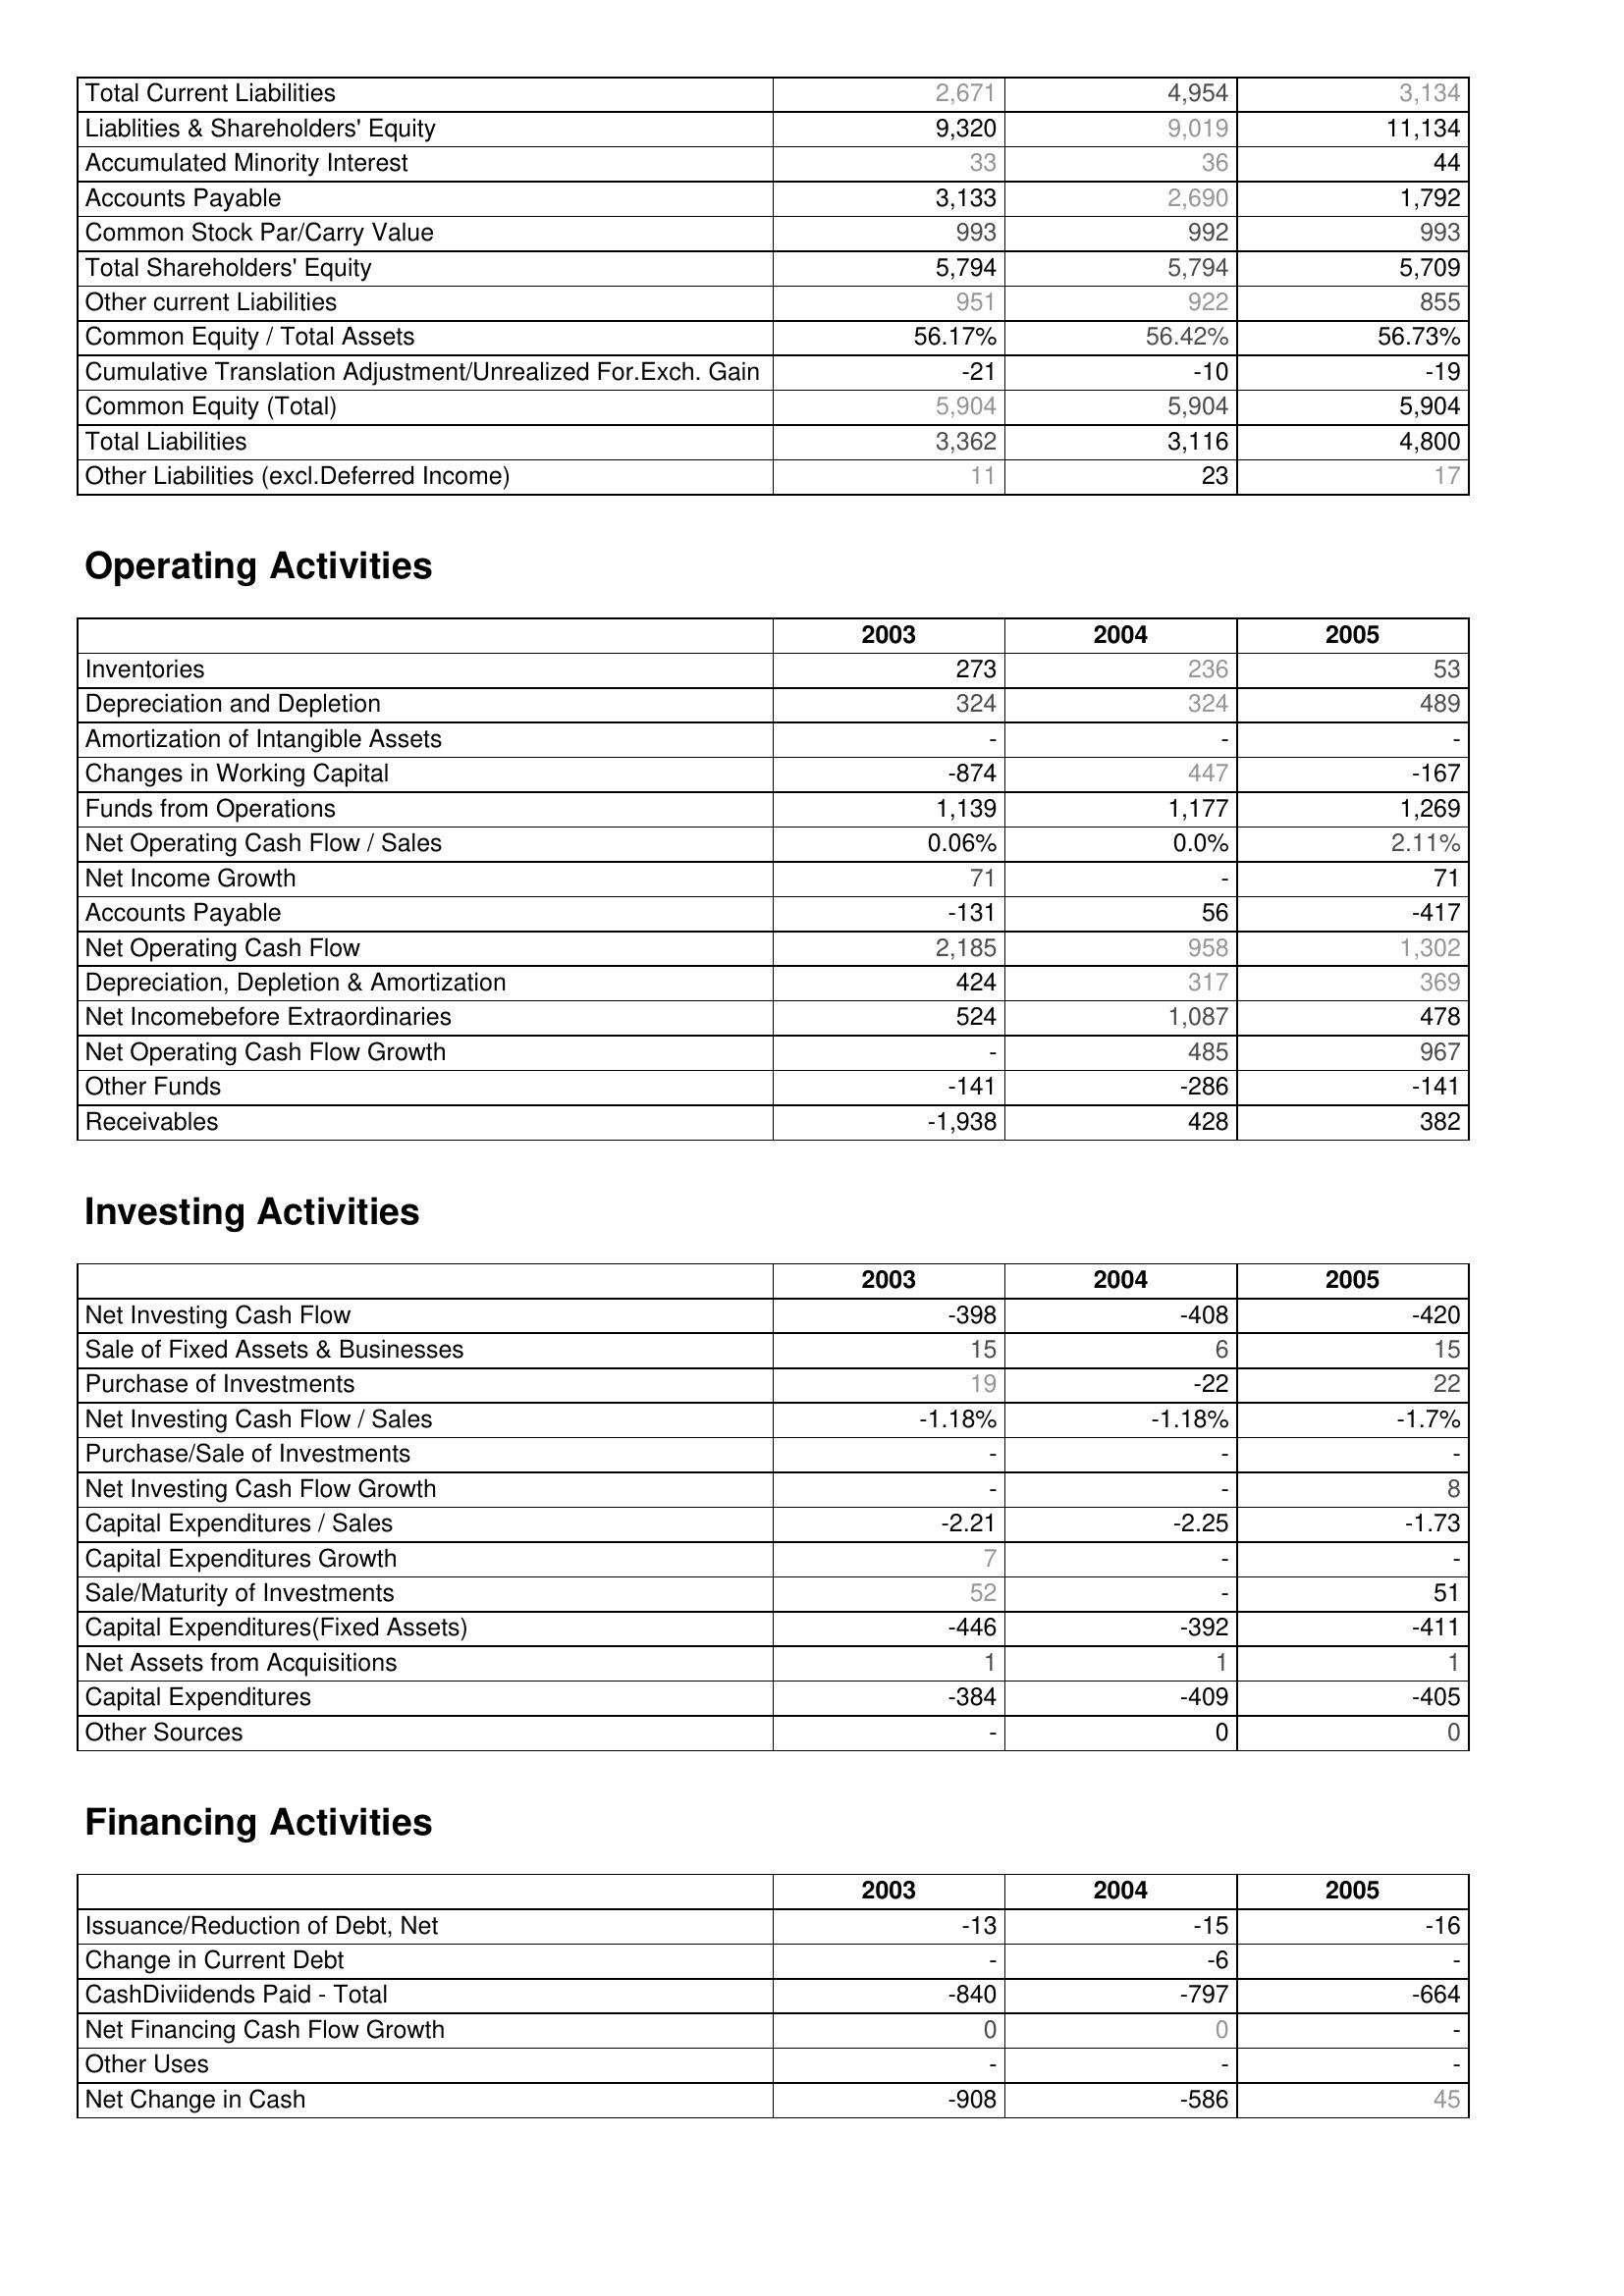
2003: Liabilities & Shareholder's Equity: Total Current Liabilities: 2,671
Liablities & Shareholders' Equity: 9,320
Accumulated Minority Interest: 33
Accounts Payable: 3,133
Common Stock Par/Carry Value: 993
Total Shareholders' Equity: 5,794
Other current Liabilities: 951
Common Equity / Total Assets: 56.17%
Cumulative Translation Adjustment/Unrealized For.Exch. Gain: -21
Common Equity (Total): 5,904
Total Liabilities: 3,362
Other Liabilities (excl.Deferred Income): 11
Operating Activities: Inventories: 273
Depreciation and Depletion: 324
Amortization of Intangible Assets: -
Changes in Working Capital: -874
Funds from Operations: 1,139
Net Operating Cash Flow / Sales: 0.06%
Net Income Growth: 71
Accounts Payable: -131
Net Operating Cash Flow: 2,185
Depreciation, Depletion & Amortization: 424
Net Incomebefore Extraordinaries: 524
Net Operating Cash Flow Growth: -
Other Funds: -141
Receivables: -1,938
Investing Activities: Net Investing Cash Flow: -398
Sale of Fixed Assets & Businesses: 15
Purchase of Investments: 19
Net Investing Cash Flow / Sales: -1.18%
Purchase/Sale of Investments: -
Net Investing Cash Flow Growth: -
Capital Expenditures / Sales: -2.21
Capital Expenditures Growth: 7
Sale/Maturity of Investments: 52
Capital Expenditures(Fixed Assets): -446
Net Assets from Acquisitions: 1
Capital Expenditures: -384
Other Sources: -
Financing Activities: Issuance/Reduction of Debt, Net: -13
Change in Current Debt: -
CashDiviidends Paid - Total: -840
Net Financing Cash Flow Growth: 0
Other Uses: -
Net Change in Cash: -908
2004: Liabilities & Shareholder's Equity: Total Current Liabilities: 4,954
Liablities & Shareholders' Equity: 9,019
Accumulated Minority Interest: 36
Accounts Payable: 2,690
Common Stock Par/Carry Value: 992
Total Shareholders' Equity: 5,794
Other current Liabilities: 922
Common Equity / Total Assets: 56.42%
Cumulative Translation Adjustment/Unrealized For.Exch. Gain: -10
Common Equity (Total): 5,904
Total Liabilities: 3,116
Other Liabilities (excl.Deferred Income): 23
Operating Activities: Inventories: 236
Depreciation and Depletion: 324
Amortization of Intangible Assets: -
Changes in Working Capital: 447
Funds from Operations: 1,177
Net Operating Cash Flow / Sales: 0.0%
Net Income Growth: -
Accounts Payable: 56
Net Operating Cash Flow: 958
Depreciation, Depletion & Amortization: 317
Net Incomebefore Extraordinaries: 1,087
Net Operating Cash Flow Growth: 485
Other Funds: -286
Receivables: 428
Investing Activities: Net Investing Cash Flow: -408
Sale of Fixed Assets & Businesses: 6
Purchase of Investments: -22
Net Investing Cash Flow / Sales: -1.18%
Purchase/Sale of Investments: -
Net Investing Cash Flow Growth: -
Capital Expenditures / Sales: -2.25
Capital Expenditures Growth: -
Sale/Maturity of Investments: -
Capital Expenditures(Fixed Assets): -392
Net Assets from Acquisitions: 1
Capital Expenditures: -409
Other Sources: 0
Financing Activities: Issuance/Reduction of Debt, Net: -15
Change in Current Debt: -6
CashDiviidends Paid - Total: -797
Net Financing Cash Flow Growth: 0
Other Uses: -
Net Change in Cash: -586
2005: Liabilities & Shareholder's Equity: Total Current Liabilities: 3,134
Liablities & Shareholders' Equity: 11,134
Accumulated Minority Interest: 44
Accounts Payable: 1,792
Common Stock Par/Carry Value: 993
Total Shareholders' Equity: 5,709
Other current Liabilities: 855
Common Equity / Total Assets: 56.73%
Cumulative Translation Adjustment/Unrealized For.Exch. Gain: -19
Common Equity (Total): 5,904
Total Liabilities: 4,800
Other Liabilities (excl.Deferred Income): 17
Operating Activities: Inventories: 53
Depreciation and Depletion: 489
Amortization of Intangible Assets: -
Changes in Working Capital: -167
Funds from Operations: 1,269
Net Operating Cash Flow / Sales: 2.11%
Net Income Growth: 71
Accounts Payable: -417
Net Operating Cash Flow: 1,302
Depreciation, Depletion & Amortization: 369
Net Incomebefore Extraordinaries: 478
Net Operating Cash Flow Growth: 967
Other Funds: -141
Receivables: 382
Investing Activities: Net Investing Cash Flow: -420
Sale of Fixed Assets & Businesses: 15
Purchase of Investments: 22
Net Investing Cash Flow / Sales: -1.7%
Purchase/Sale of Investments: -
Net Investing Cash Flow Growth: 8
Capital Expenditures / Sales: -1.73
Capital Expenditures Growth: -
Sale/Maturity of Investments: 51
Capital Expenditures(Fixed Assets): -411
Net Assets from Acquisitions: 1
Capital Expenditures: -405
Other Sources: 0
Financing Activities: Issuance/Reduction of Debt, Net: -16
Change in Current Debt: -
CashDiviidends Paid - Total: -664
Net Financing Cash Flow Growth: -
Other Uses: -
Net Change in Cash: 45